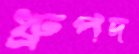
ধ্রুপদ